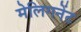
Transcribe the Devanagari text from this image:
मेलिगनेंट